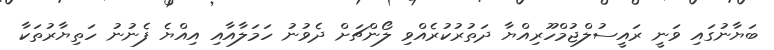
ބަޔާނުގައި ވަނީ ރައީސުލްޖުމްހޫރިއްޔާ ދަތުރުކުރެއްވި ލޯންޗަށް ދެވުނު ހަމަލާއާއި އިއްޔެ ފެނުނު ހަތިޔާރުތަކާ